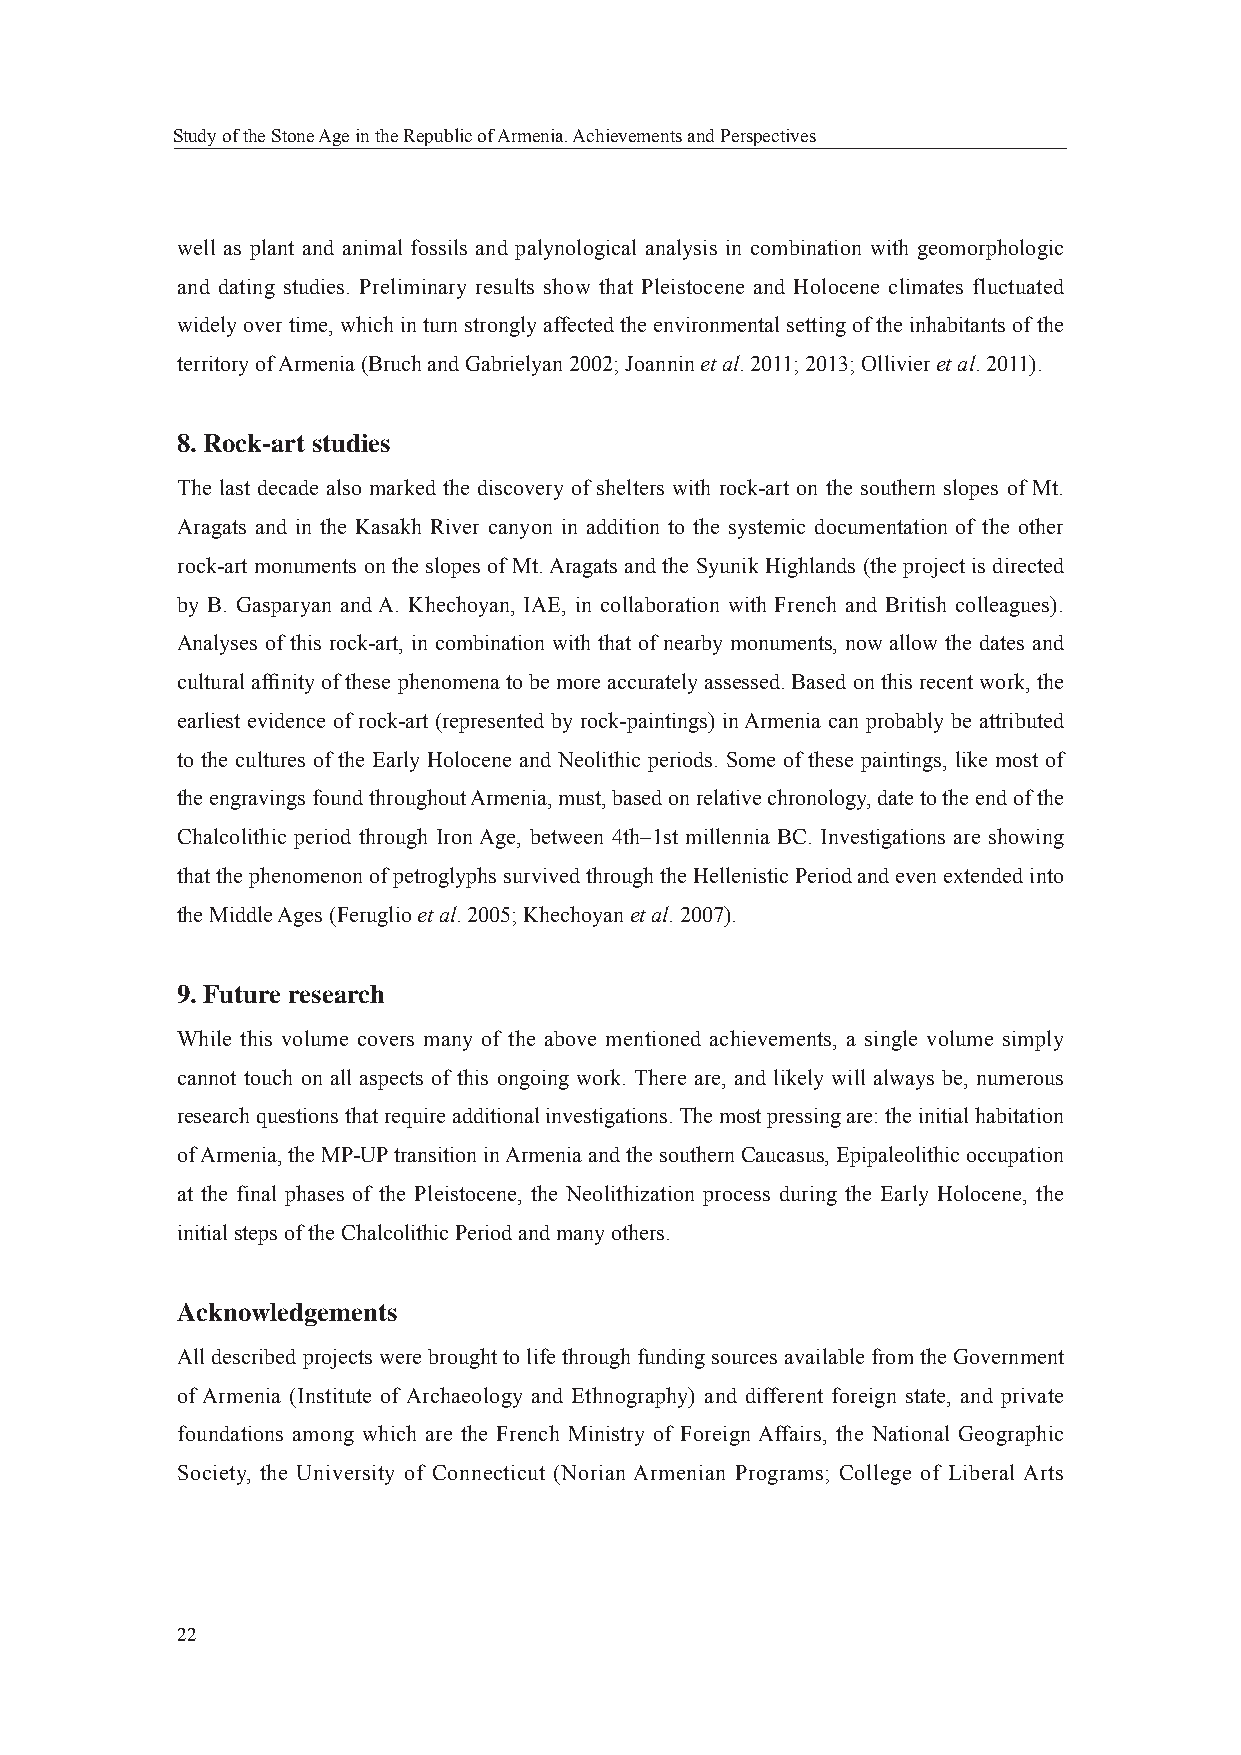
Study of the Stone Age in the Republic of Armenia. Achievements and Perspectives
 well as plant and animal fossils and palynological analysis in combination with geomorphologic
 and dating studies. Preliminary results show that Pleistocene and Holocene climates fluctuated
 widely over time, which in turn strongly affected the environmental setting of the inhabitants of the
 territory of Armenia (Bruch and Gabrielyan 2002; Joannin et al. 2011; 2013; Ollivier et al. 2011).
 8. Rock-art studies
 The last decade also marked the discovery of shelters with rock-art on the southern slopes of Mt.
 Aragats and in the Kasakh River canyon in addition to the systemic documentation of the other
 rock-art monuments on the slopes of Mt. Aragats and the Syunik Highlands (the project is directed
 by B. Gasparyan and A. Khechoyan, IAE, in collaboration with French and British colleagues).
 Analyses of this rock-art, in combination with that of nearby monuments, now allow the dates and
 cultural affi nity of these phenomena to be more accurately assessed. Based on this recent work, the
 earliest evidence of rock-art (represented by rock-paintings) in Armenia can probably be attributed
 to the cultures of the Early Holocene and Neolithic periods. Some of these paintings, like most of
 the engravings found throughout Armenia, must, based on relative chronology, date to the end of the
 Chalcolithic period through Iron Age, between 4th–1st millennia BC. Investigations are showing
 that the phenomenon of petroglyphs survived through the Hellenistic Period and even extended into
 the Middle Ages (Feruglio et al. 2005; Khechoyan et al. 2007).
 9. Future research
 While this volume covers many of the above mentioned achievements, a single volume simply
 cannot touch on all aspects of this ongoing work. There are, and likely will always be, numerous
 research questions that require additional investigations. The most pressing are: the initial habitation
 of Armenia, the MP-UP transition in Armenia and the southern Caucasus, Epipaleolithic occupation
 at the final phases of the Pleistocene, the Neolithization process during the Early Holocene, the
 initial steps of the Chalcolithic Period and many others.
 Acknowledgements
 All described projects were brought to life through funding sources available from the Government
 of Armenia (Institute of Archaeology and Ethnography) and different foreign state, and private
 foundations among which are the French Ministry of Foreign Affairs, the National Geographic
 Society, the University of Connecticut (Norian Armenian Programs; College of Liberal Arts
 22